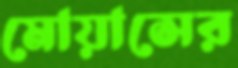
মোয়াসের